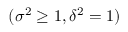
( \sigma ^ { 2 } \ge 1 , \delta ^ { 2 } = 1 )